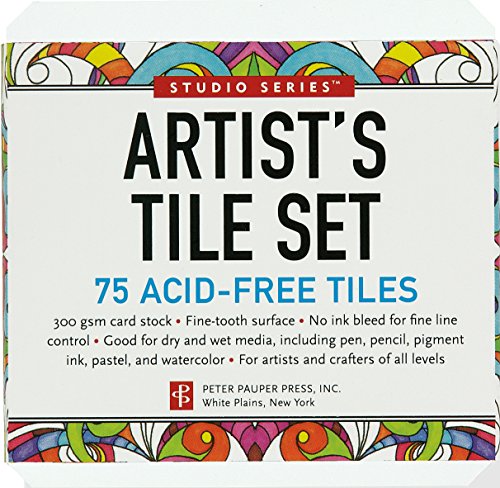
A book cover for Studio Series Artist's Tiles: White (75 pack); Peter Pauper Press; Arts & Photography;